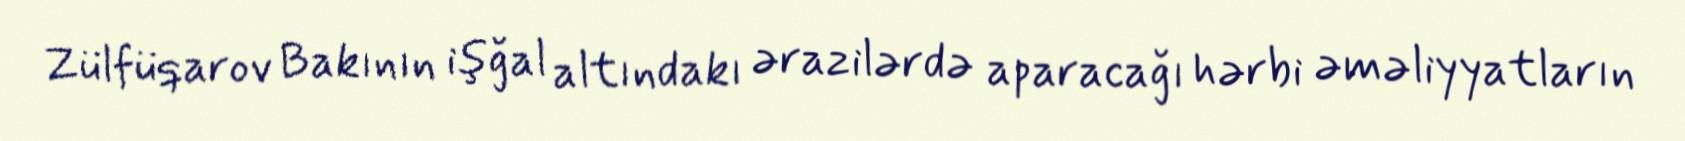
Zülfüqarov Bakının işğal altındakı ərazilərdə aparacağı hərbi əməliyyatların